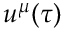
u ^ { \mu } ( \tau )